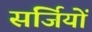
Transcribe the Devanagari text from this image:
सर्जियों